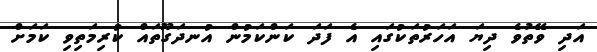
އަދި ވޭތުވެ ދިޔަ އަހަރުތަކުގައި އެ ފަދަ ކަންކަމުން އުނދަގޫތައް ކުރިމަތިވި ކަމަށް